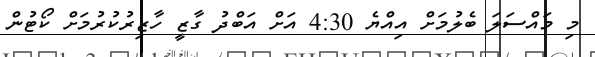
މި މައްސަލަ ބެލުމަށް އިއްޔެ 4:30 އަށް އަބްދު ގާޒީ ހާޒިރުކުރުމަށް ކޯޓުން